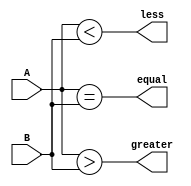
module four_bit_comparator(
    input [3:0] A,
    input [3:0] B,
    output equal,
    output greater,
    output less
);

assign equal = (A == B);
assign greater = (A > B);
assign less = (A < B);

endmodule